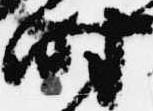
時